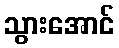
သွားအောင်